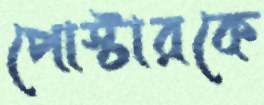
পোস্টারকে